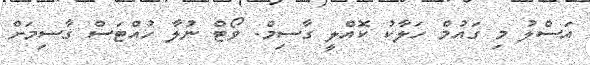
އަސްލު މި ގައުމް ހަލާކު ކޮއްލީ ގާސިމް. ވޯޓް ނުލާ ހުއްޓަސް ގާސިމަށް